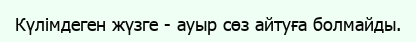
Күлімдеген жүзге - ауыр сөз айтуға болмайды.